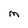
Character: M